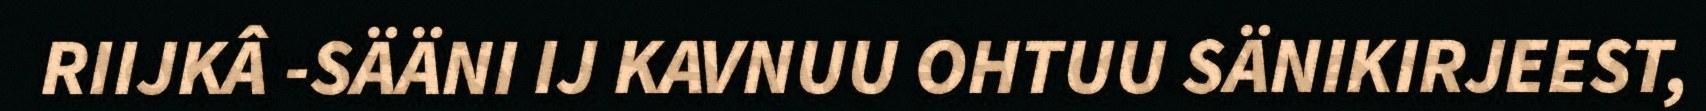
RIIJKÂ -SÄÄNI IJ KAVNUU OHTUU SÄNIKIRJEEST,